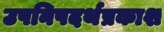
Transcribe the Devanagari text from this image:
उपनिषदर्थप्रकाश